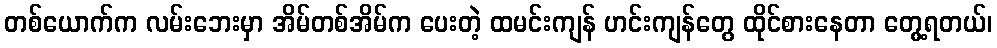
တစ်ယောက်က လမ်းဘေးမှာ အိမ်တစ်အိမ်က ပေးတဲ့ ထမင်းကျန် ဟင်းကျန်တွေ ထိုင်စားနေတာ တွေ့ရတယ်၊